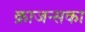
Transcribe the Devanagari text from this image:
क्राजन्सका